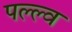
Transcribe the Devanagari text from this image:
पल्ल्व